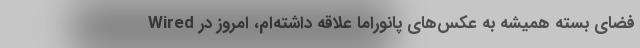
فضای بسته همیشه به عکس‌های پانوراما علاقه داشته‌ام، امروز در Wired